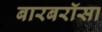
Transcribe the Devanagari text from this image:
बारबरॉसा